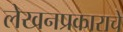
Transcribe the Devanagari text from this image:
लेखनप्रकाराचे